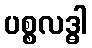
ပစ္စလဒ္ဓါ